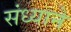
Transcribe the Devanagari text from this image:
संध्याने